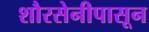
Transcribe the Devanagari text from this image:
शौरसेनीपासून